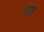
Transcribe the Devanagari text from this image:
मैपा